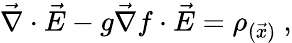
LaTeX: \vec{\nabla}\cdot\vec{E}-g\vec{\nabla}f\cdot\vec{E}=\rho_{(\vec{x})}\ ,